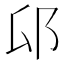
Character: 𰻟